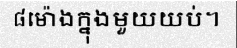
៨ម៉ោងក្នុងមួយយប់។